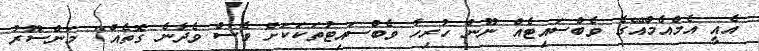
އެއީ އެމްއެމްއޭގެ ވެބްސައިޓެއް ނޫން ހުރިހާ ވެބްސައިޓުތަކަކަށް ވެސް ވެދާނެ ގޮތެއް" މަންސޫރު